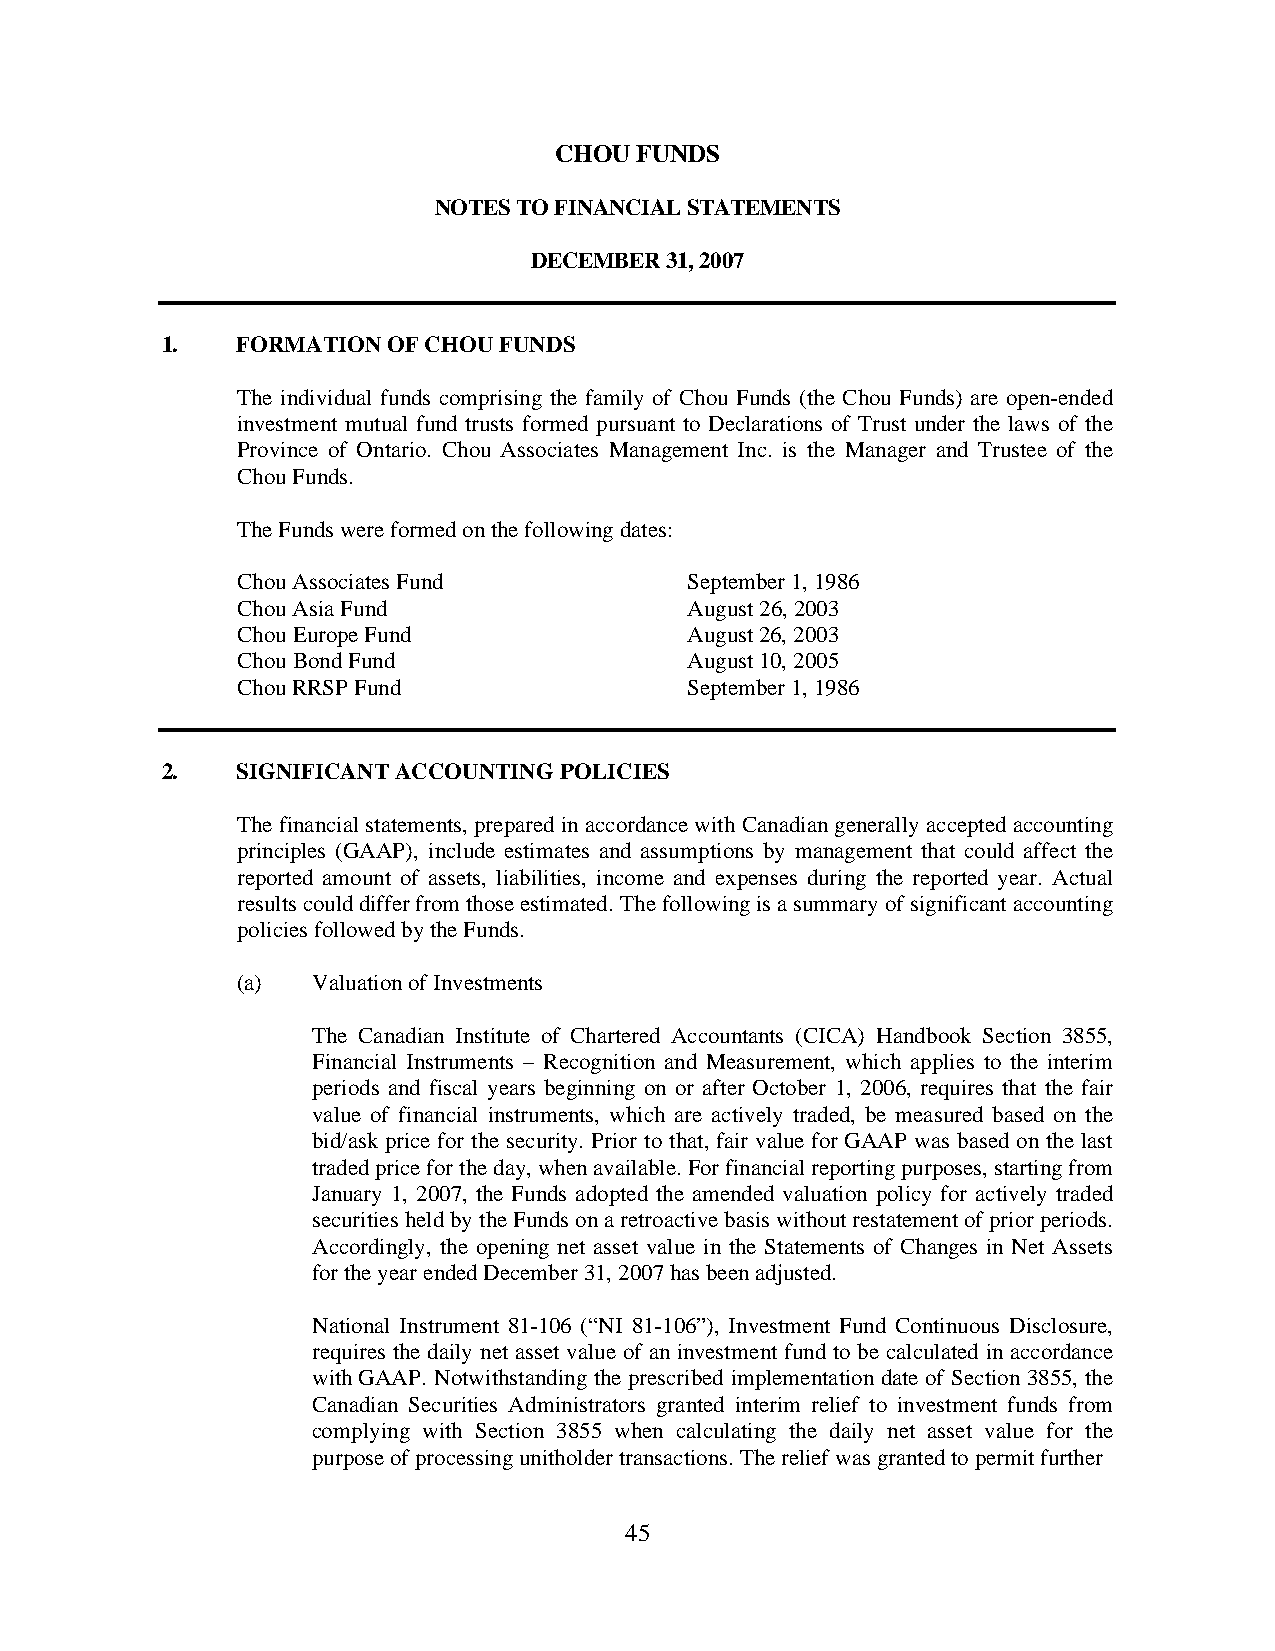
CHOU FUNDS
 NOTES TO FINANCIAL STATEMENTS
 DECEMBER 31, 2007
 1.   FORMATION OF CHOU FUNDS
 The individual funds comprising the family of Chou Funds (the Chou Funds) are open-ended
 investment mutual fund trusts formed pursuant to Declarations of Trust under the laws of the
 Province of Ontario. Chou Associates Management Inc. is the Manager and Trustee of the
 Chou Funds.
 The Funds were formed on the following dates:
 Chou Associates Fund         September 1, 1986
 Chou Asia Fund               August 26, 2003
 Chou Europe Fund             August 26, 2003
 Chou Bond Fund               August 10, 2005
 Chou RRSP Fund               September 1, 1986
 2.   SIGNIFICANT ACCOUNTING POLICIES
 The financial statements, prepared in accordance with Canadian generally accepted accounting
 principles (GAAP), include estimates and assumptions by management that could affect the
 reported amount of assets, liabilities, income and expenses during the reported year. Actual
 results could differ from those estimated. The following is a summary of significant accounting
 policies followed by the Funds.
 (a)  Valuation of Investments
 The Canadian Institute of Chartered Accountants (CICA) Handbook Section 3855,
 Financial Instruments – Recognition and Measurement, which applies to the interim
 periods and fiscal years beginning on or after October 1, 2006, requires that the fair
 value of financial instruments, which are actively traded, be measured based on the
 bid/ask price for the security. Prior to that, fair value for GAAP was based on the last
 traded price for the day, when available. For financial reporting purposes, starting from
 January 1, 2007, the Funds adopted the amended valuation policy for actively traded
 securities held by the Funds on a retroactive basis without restatement of prior periods.
 Accordingly, the opening net asset value in the Statements of Changes in Net Assets
 for the year ended December 31, 2007 has been adjusted.
 National Instrument 81-106 (“NI 81-106”), Investment Fund Continuous Disclosure,
 requires the daily net asset value of an investment fund to be calculated in accordance
 with GAAP. Notwithstanding the prescribed implementation date of Section 3855, the
 Canadian Securities Administrators granted interim relief to investment funds from
 complying with Section 3855 when calculating the daily net asset value for the
 purpose of processing unitholder transactions. The relief was granted to permit further
 45